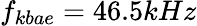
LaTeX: f_{kbae}=46.5kHz